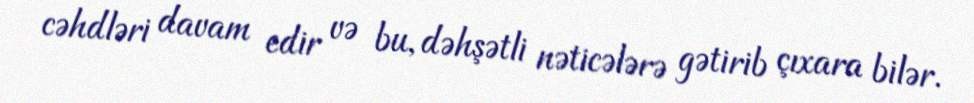
cəhdləri davam edir və bu, dəhşətli nəticələrə gətirib çıxara bilər.